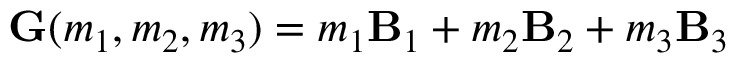
\mathbf { G } ( m _ { 1 } , m _ { 2 } , m _ { 3 } ) = m _ { 1 } \mathbf { B } _ { 1 } + m _ { 2 } \mathbf { B } _ { 2 } + m _ { 3 } \mathbf { B } _ { 3 }